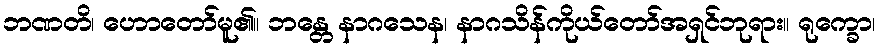
ဘဏတိ၊ ဟောတော်မူ၏။ ဘန္တေ နာဂသေန၊ နာဂသိန်ကိုယ်တော်အရှင်ဘုရား။ ရုက္ခော၊